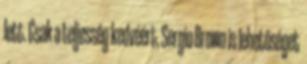
lett. Csak a teljesség kedvéért, Sergio Brown is lehetőséget